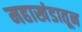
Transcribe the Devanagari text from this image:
महाखंडातून